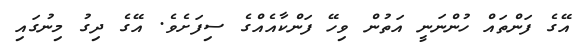
އޭގެ ފަންތައް ހުންނަނީ އަތުން ވިހޭ ފަންކާއެއްގެ ސިފަށެވެ. އޭގެ ދިގު މިނުގައި